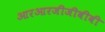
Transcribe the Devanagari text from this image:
आरआरजीजीबीबी